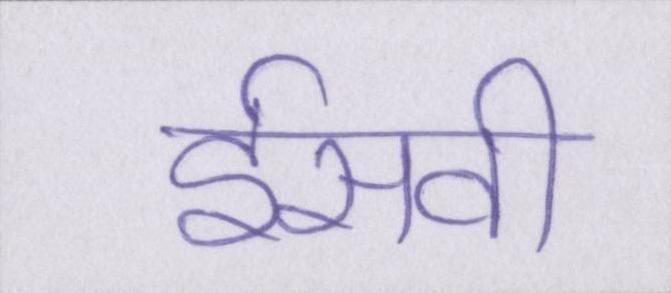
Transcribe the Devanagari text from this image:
ईसवी